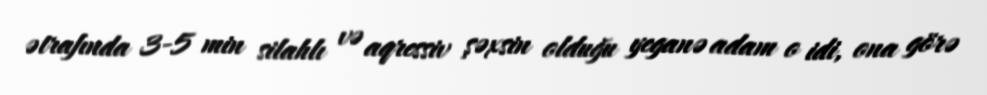
ətrafında 3-5 min silahlı və aqressiv şəxsin olduğu yeganə adam o idi, ona görə